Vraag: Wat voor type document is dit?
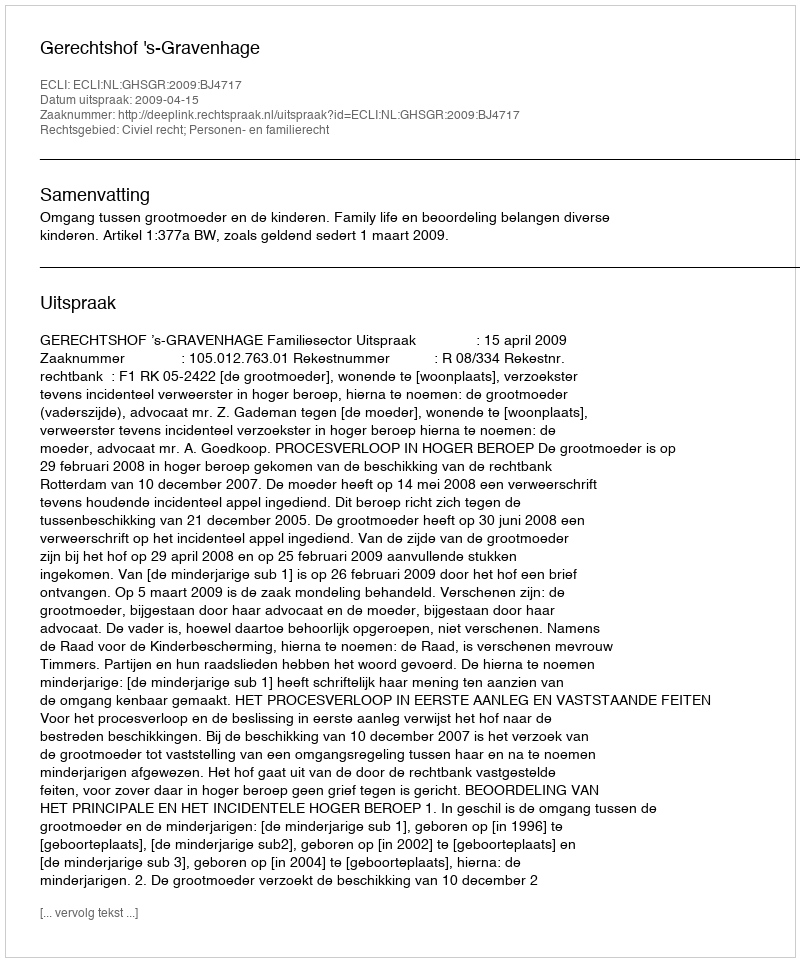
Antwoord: Uitspraak